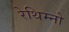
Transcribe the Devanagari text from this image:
रेथिम्नो